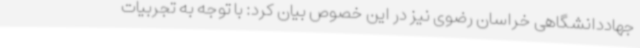
جهاددانشگاهی خراسان رضوی نیز در این خصوص بیان کرد: با توجه به تجربیات